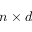
n \times d